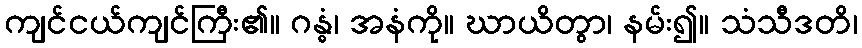
ကျင်ငယ်ကျင်ကြီး၏။ ဂန္ဓံ၊ အနံကို။ ဃာယိတွာ၊ နမ်း၍။ သံသီဒတိ၊